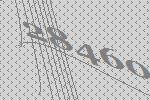
28460